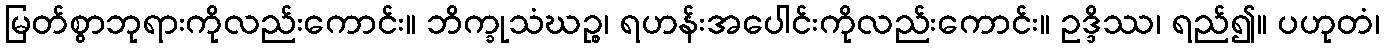
မြတ်စွာဘုရားကိုလည်းကောင်း။ ဘိက္ခုသံဃဉ္စ၊ ရဟန်းအပေါင်းကိုလည်းကောင်း။ ဥဒ္ဒိဿ၊ ရည်၍။ ပဟုတံ၊